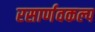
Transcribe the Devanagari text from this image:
रसार्णवकल्प